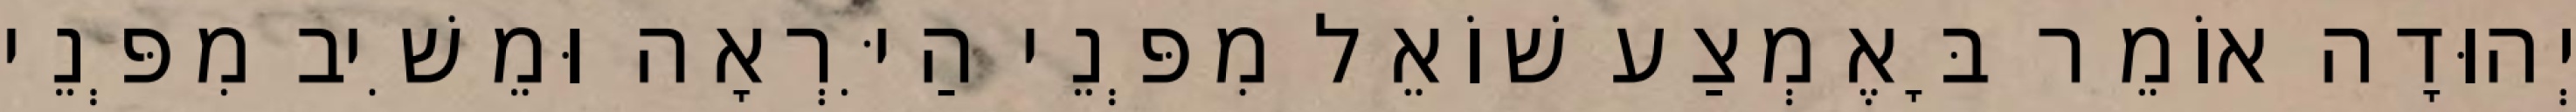
יְהוּדָה אוֹמֵר בָּאֶמְצַע שׁוֹאֵל מִפְּנֵי הַיִּרְאָה וּמֵשִׁיב מִפְּנֵי